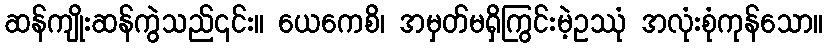
ဆန်ကျိုးဆန်ကွဲသည်၎င်း။ ယေကေစိ၊ အမှတ်မရှိကြွင်းမဲ့ဥဿုံ အလုံးစုံကုန်သော။